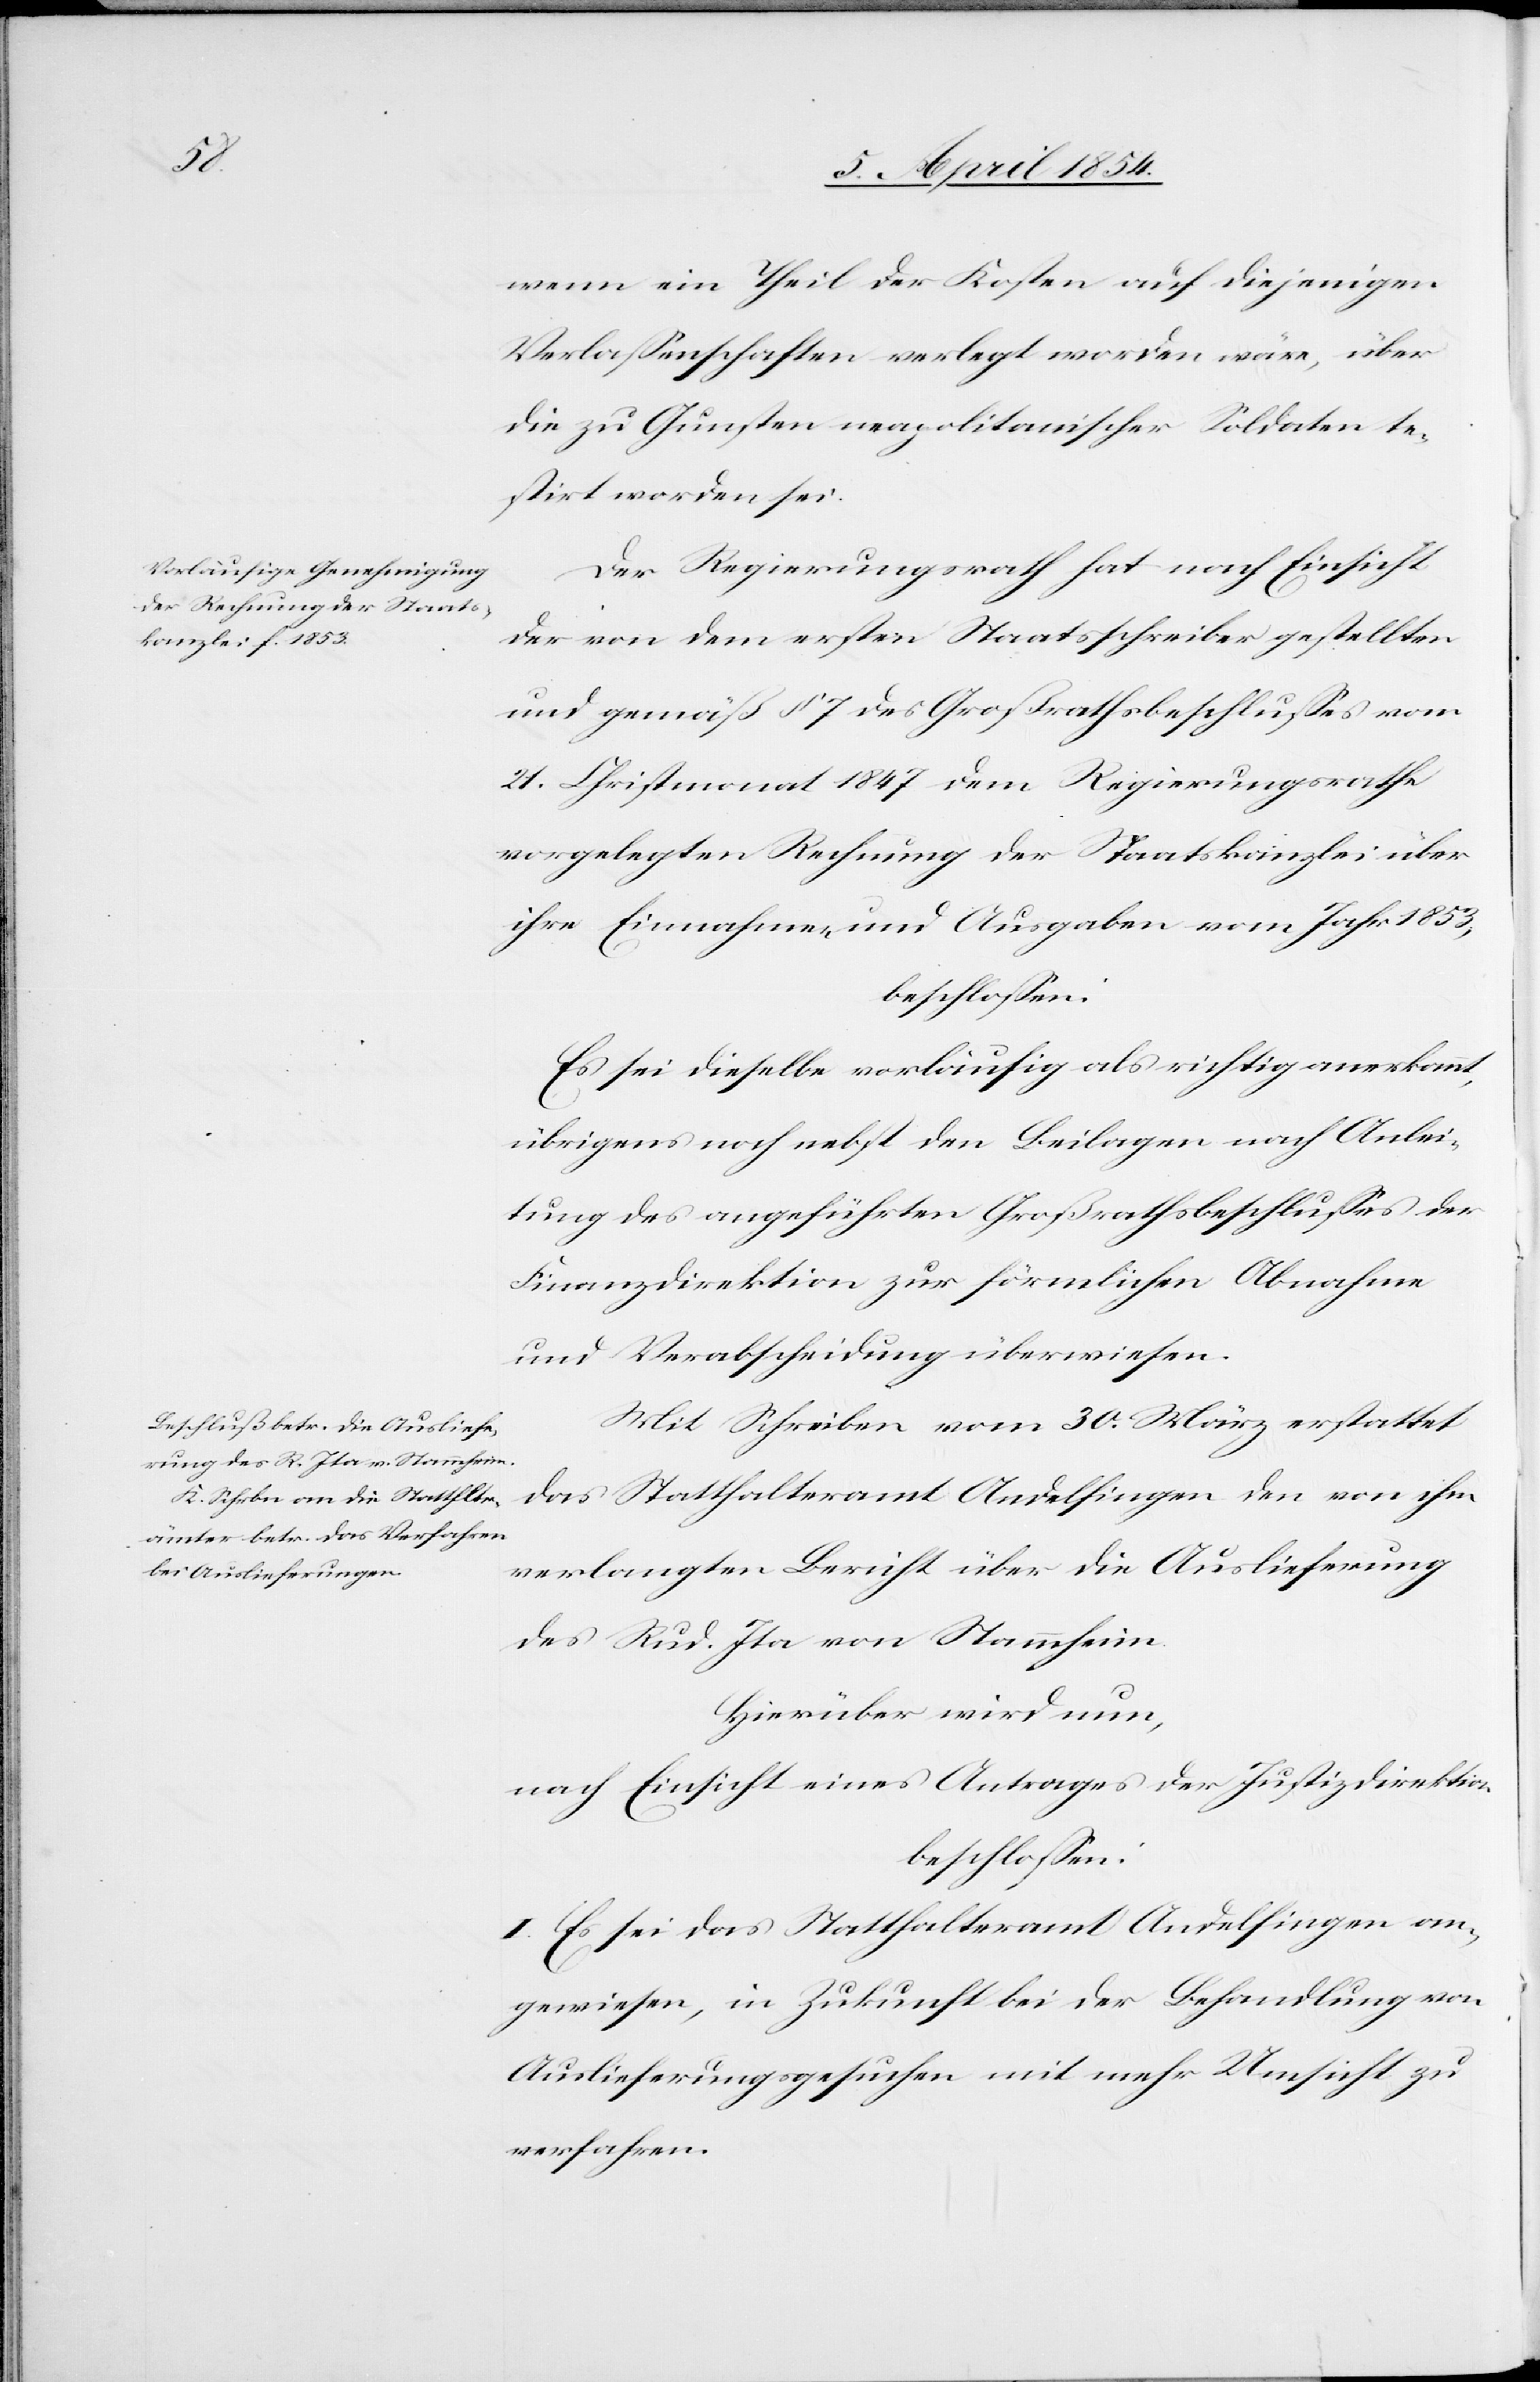
wenn ein Theil der Kosten auf diejenigen
Verlaßenschaften verlegt worden wäre, über
die zu Gunsten neapolitanischer Soldaten te¬
stirt worden sei.
Der Regierungsrath hat nach Einsicht
der von dem ersten Staatsschreiber gestellten
und gemäß § 7 des Großrathsbeschlußes vom
21. Christmonat 1847 dem Regierungsrathe
vorgelegten Rechnung der Staatskanzlei über
ihre Einnahmen und Ausgaben vom Jahr 1853,
beschloßen:
Es sei dieselbe vorläufige als richtig anerkannt,
übrigens noch nebst den Beilagen nach Anlei¬
tung des angeführten Großrathsbeschlußes der
Finanzdirektion zur förmlichen Abnahme
und Verabschiedung überwiesen.
Mit Schreiben vom 30. März erstattet
das Statthalteramt Andelfingen den von ihm
verlangten Bericht über die Auslieferung
des Rud. Ita von Stammheim.
Hierüber wird nun,
nach Einsicht eines Antrages der Justizdirektion
beschloßen:
I. Es sei das Statthalteramt Andelfingen an¬
gewiesen, in Zukunft bei der Behandlung von
Auslieferungsgesuchen mit mehr Umsicht zu
verfahren.